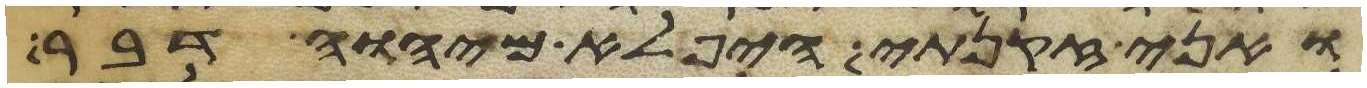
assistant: ואני זקנתי היפלא מיהוה דבר